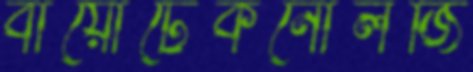
বায়োটেকনোলজি